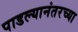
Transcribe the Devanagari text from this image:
पाडल्यानंतरच्या